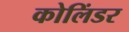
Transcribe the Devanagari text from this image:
कोलिंडर